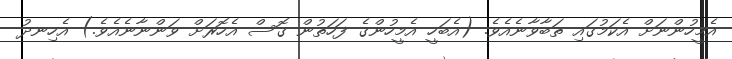
އެމީހުންނަށް އެކަމުގައި ތަބާވާނެއެވެ. (އެބަހީ އެމީހުންގެ ފަހަތުން ގޮސް އެހޮރަށް ވަންނާނެއެވެ.) އެހިނދު